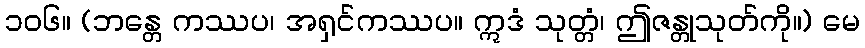
၁၀၆။ (ဘန္တေ ကဿပ၊ အရှင်ကဿပ။ ဣဒံ သုတ္တံ၊ ဤဇန္တုသုတ်ကို။) မေ